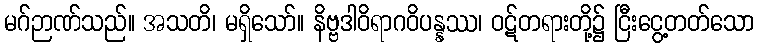
မဂ်ဉာဏ်သည်။ အသတိ၊ မရှိသော်။ နိဗ္ဗဒါဝိရာဂဝိပန္နဿ၊ ဝဋ်တရားတို့၌ ငြီးငွေ့တတ်သော